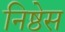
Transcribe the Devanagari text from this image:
निष्ठेस